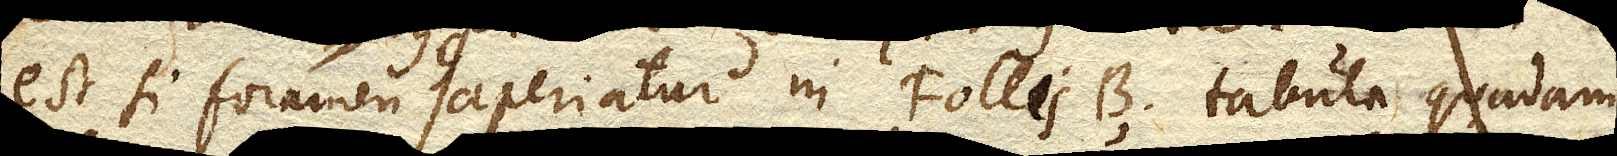
est si foramen G. aperiatur in Follis B. tabula quadam,